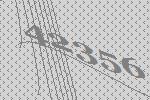
42356